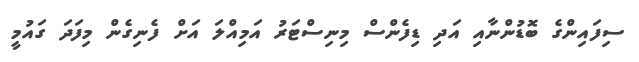
ސިފައިންގެ ބޮޑުންނާއި އަދި ޑިފެންސް މިނިސްޓަރު އަމިއްލަ އަށް ފެނިގެން މިފަދަ ގައުމީ